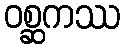
ဝစ္ဆကဿ